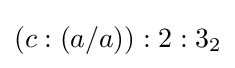
(c:(a/a)):2:3_{2}